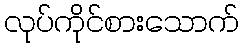
လုပ်ကိုင်စားသောက်